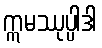
ဣမဿုပ္ပါဒါ